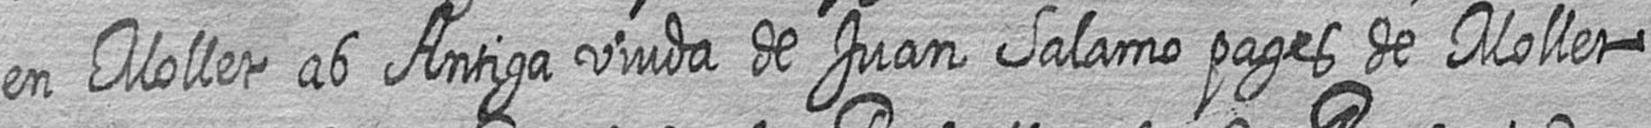
en Mollet ab Antiga viuda de Juan Salamo pages de Mollet